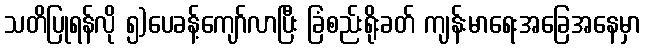
သတိပြုရန်လို ၅)ပေခန့်ကျော်လာပြီး ခြံစည်းရိုးခတ် ကျန်းမာရေးအခြေအနေမှာ